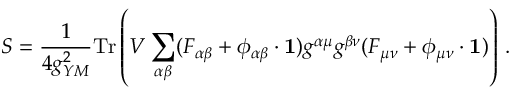
S = \frac { 1 } { 4 g _ { Y M } ^ { 2 } } \mathrm { T r } \left( V \sum _ { \alpha \beta } ( F _ { \alpha \beta } + \phi _ { \alpha \beta } \cdot { \bf 1 } ) g ^ { \alpha \mu } g ^ { \beta \nu } ( F _ { \mu \nu } + \phi _ { \mu \nu } \cdot { \bf 1 } ) \right) \, .